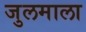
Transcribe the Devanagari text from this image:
जुलमाला